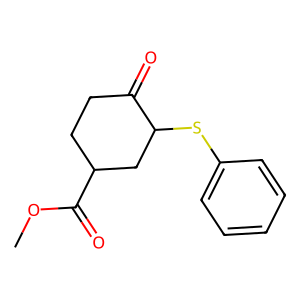
SMILES: COC(=O)C1CCC(=O)C(Sc2ccccc2)C1
Inhibits HIV replication: No